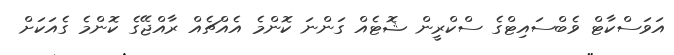
އަވަސްކާޓް ވެބްސައިޓްގެ ސްކްރީން ޝޮޓެއް ގަންނަ ކޮންމެ އެއްޗެއް ރާއްޖޭގެ ކޮންމެ ގެއަކަށް